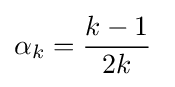
\alpha _{k}={\frac {k-1}{2k}}\